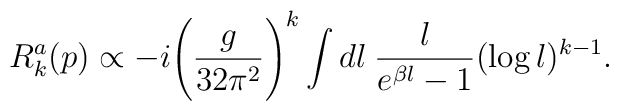
R_{k}^{a}(p) \propto -i \Bigg(\frac{g}{32\pi^2}\Bigg)^k    \int dl \:\frac{l}{e^{\beta l}-1} (\log l)^{k-1}.